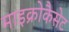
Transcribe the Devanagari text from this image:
माइक्रोकैसेट